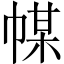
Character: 𢃱